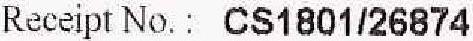
RECEIPT NO. : CS1801/26874